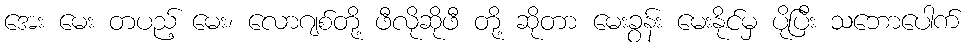
အေး မေး တပည့် မေး၊ လောဂျစ်တို့ ဖီလိုဆိုဖီ တို့ ဆိုတာ မေးခွန်း မေးနိုင်မှ ပိုပြီး သဘောပေါက်